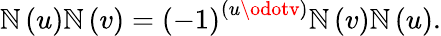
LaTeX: \mathbb{N}\left(u\right)\mathbb{N}\left(v\right)=\left(-1\right)^{\left(u\odotv\right)}\mathbb{N}\left(v\right)\mathbb{N}\left(u\right).